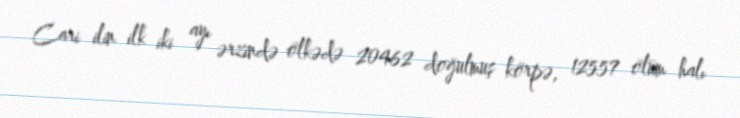
Cari ilin ilk iki ayı ərzində ölkədə 20462 doğulmuş körpə, 12557 ölüm halı